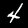
Digit: 4